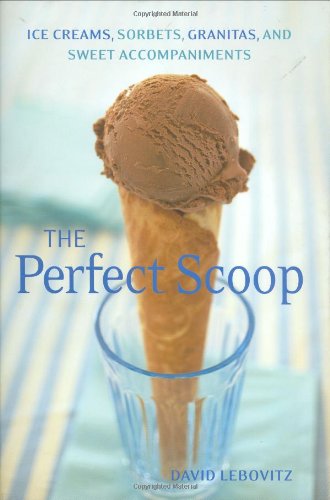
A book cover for Perfect Scoop: Ice Creams, Sorbets, Granitas, and Sweet Accompaniments; David Lebovitz; Cookbooks, Food & Wine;